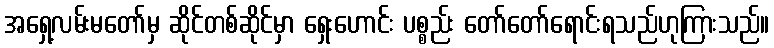
အရှေ့လမ်းမတော်မှ ဆိုင်တစ်ဆိုင်မှာ ရှေးဟောင်း ပစ္စည်း တော်တော်ရောင်းရသည်ဟုကြားသည်။